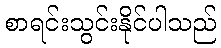
စာရင်းသွင်းနိုင်ပါသည်